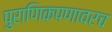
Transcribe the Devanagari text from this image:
पुराणिकपणावरच